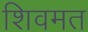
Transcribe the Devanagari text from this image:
शिवमत